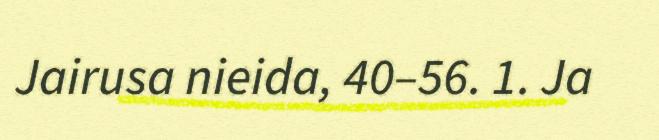
Jairusa nieida, 40–56. 1. Ja